Report on the working of the Ranchi Indian Mental Hospital, Kanke, in Bihar and Orissa - 1930-1940
Year: 1930
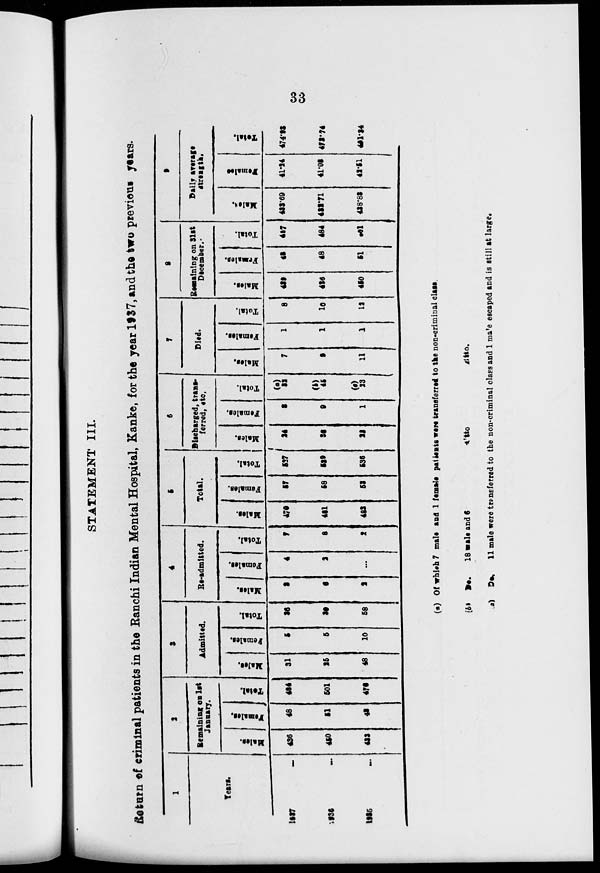
33
STATEMENT III.
Return of criminal patients in the Ranchi Indian Mental Hospital, Kanke, for the year 1937, and the two previous years.
1
Years.
1937
...
1936 ...
1935 ...
2
Remaining on 1st
January.
Males.
436
450
433
Females.
48
51
43
Total.
484
501
476
3
Admitted.
Males.
31
25
48
Females.
5
5
10
Total.
36
30
58
4
Re-admitted.
Males.
3
6
2
Females.
4
2
...
Total.
7
8
2
5
Total.
Males.
470
481
483
Females.
57
58
53
Total.
527
539
536
6
Discharged, trans-
ferred, etc.
Males.
24
36
22
Females.
8
9
1
Total.
(a)
32
(b)
45
(c)
23
7
Died.
Males.
7
9
11
Females.
1
1
1
Total.
8
10
12
8
Remaining on 31st
December.
Males.
439
436
450
Females.
48
48
51
Total.
487
484
501
9
Daily average
strength.
Males.
432.69
432.71
438.83
Females.
41.24
41.03
42.51
Total.
474.93
473.74
481.34
(a) Of which 7 male and 1 female patients were transferred to the non-criminal class.
(b) Do.
18 male and 6
Ditto
Ditto.
(c) Do. 11 male were transferred to the non-criminal class and 1 male escaped and is still at large.